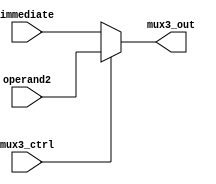
`timescale 1ns / 1ps
//////////////////////////////////////////////////////////////////////////////////
module mux_third(mux3_ctrl, operand2, immediate, mux3_out);
    input [31:0] operand2, immediate; 
    input mux3_ctrl; 
    output [31:0] mux3_out;
    
    assign mux3_out = (mux3_ctrl ? operand2 : immediate);
    
endmodule